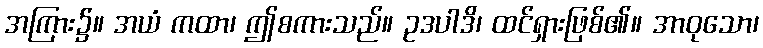
အကြား၌။ အယံ ကထာ၊ ဤစကားသည်။ ဥဒပါဒိ၊ ထင်ရှားဖြစ်၏။ အာဝုသော၊